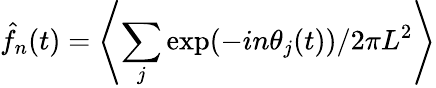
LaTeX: \hat{f}_{n}(t)=\left\langle\sum_{j}\mathrm{exp}(-in\theta_{j}(t))/2\pi L^{2}\right\rangle